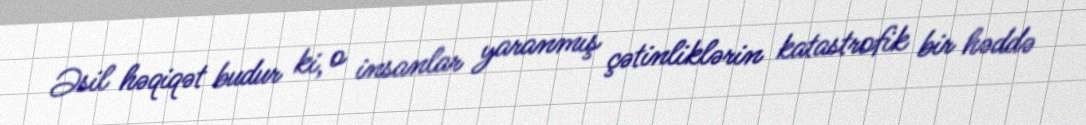
Əsil həqiqət budur ki, o insanlar yaranmış çətinliklərin katastrofik bir həddə